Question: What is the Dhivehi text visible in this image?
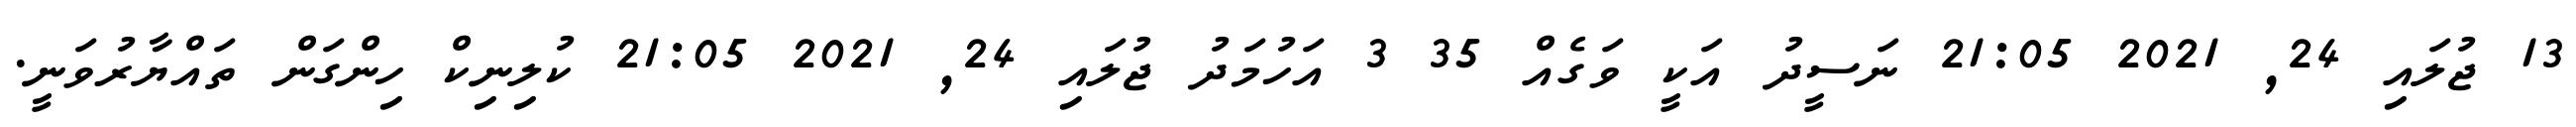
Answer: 13 ޖުލައި 24, 2021 21:05 ނަސީދު އަކީ ވަގެއް 35 3 އަހުމަދު ޖުލައި 24, 2021 21:05 ކުލިނިކް ހިންގަން ތައްޔާރުވަނީ.